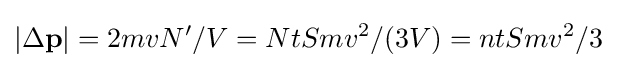
|\Delta \mathbf {p} |=2mvN'/V=NtSmv^{2}/(3V)=ntSmv^{2}/3